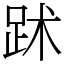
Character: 䟣